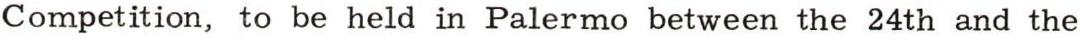
Competition, to be held in Palermo between the 24th and the